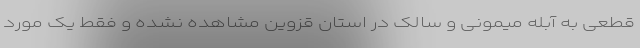
قطعی به آبله میمونی و سالک در استان قزوین مشاهده نشده و فقط یک مورد